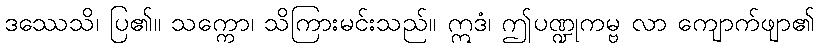
ဒဿေသိ၊ ပြ၏။ သက္ကော၊ သိကြားမင်းသည်။ ဣဒံ၊ ဤပဏ္ဍုကမ္ဗ လာ ကျောက်ဖျာ၏